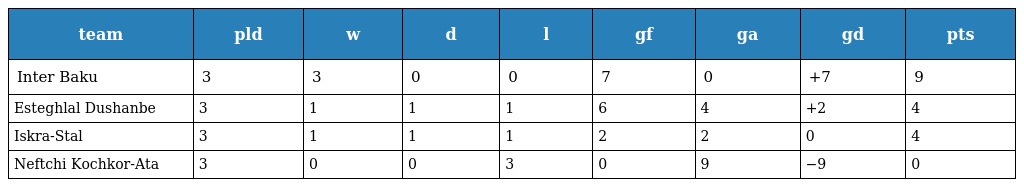
| team | pld | w | d | l | gf | ga | gd | pts |
 | --- | --- | --- | --- | --- | --- | --- | --- | --- |
 | Inter Baku | 3 | 3 | 0 | 0 | 7 | 0 | +7 | 9 |
 | Esteghlal Dushanbe | 3 | 1 | 1 | 1 | 6 | 4 | +2 | 4 |
 | Iskra-Stal | 3 | 1 | 1 | 1 | 2 | 2 | 0 | 4 |
 | Neftchi Kochkor-Ata | 3 | 0 | 0 | 3 | 0 | 9 | −9 | 0 |